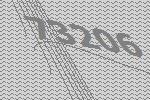
73206